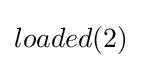
loaded(2)